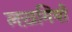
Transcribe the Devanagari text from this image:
लख़मियों